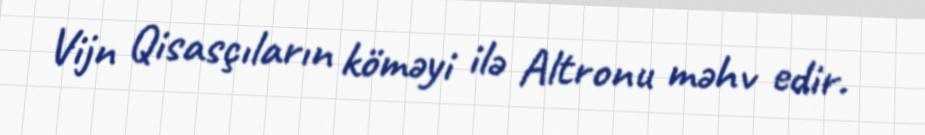
Vijn Qisasçıların köməyi ilə Altronu məhv edir.